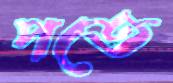
পতে